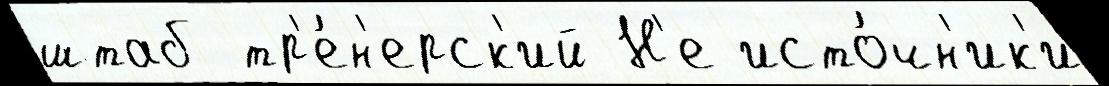
штаб тр'е́н'ерск'ий Н'е исто́чн'ик'и